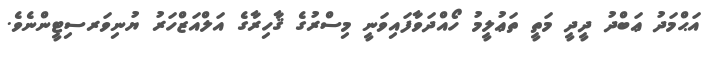
އަޙްމަދު ޢަބްދު ދީދީ މަތީ ތަޢުލީމު ހޯއްދަވާފައިވަނީ މިސްރުގެ ޤާހިރާގެ އަލްއަޒްހަރު ޔުނިވަރސިޓީންނެވެ.